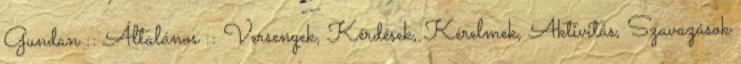
Gundan :: Általános :: Versenyek, Kérdések, Kérelmek, Aktivitás, Szavazások